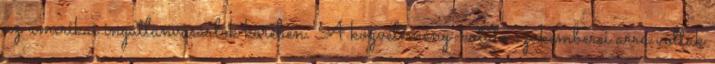
az amerikai ingatlanvásárlók körében. A közvélemény-kutató szakemberei arra voltak